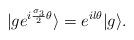
LaTeX: \begin{align*}|ge^{i{{\sigma}_3\over 2}{\theta}}\rangle=e^{il{\theta}}|g\rangle.\end{align*}